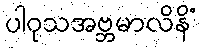
ပါဝုသအဗ္ဘမာလိနိံ